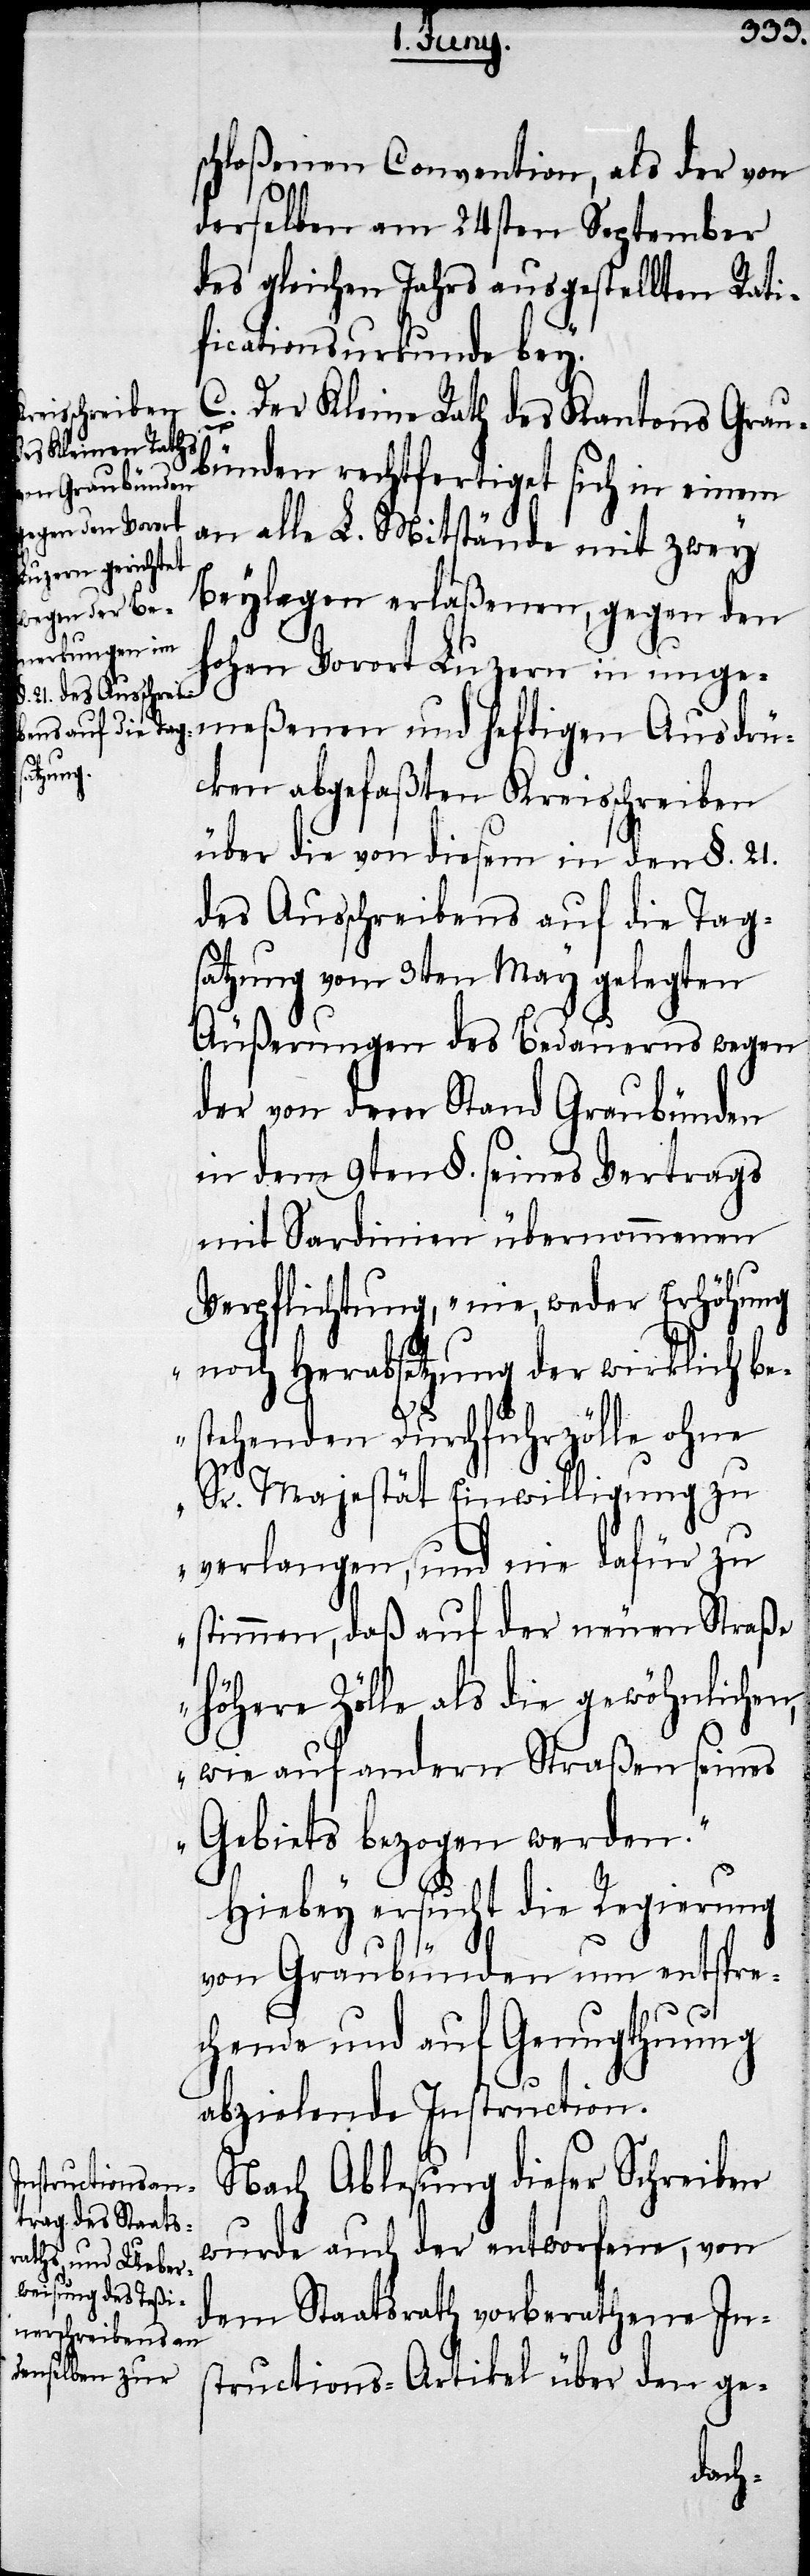
schloßenen Convention, als der von
derselben am 24sten September
des gleichen Jahrs ausgestellten Rati¬
ficatonsurkunde bey.
C. Der Kleine Rath des Kantons Grau¬
bünden rechtfertiget sich in einem
an alle L. Mitstände mit zwey
Beylagen erlaßenen, gegen den
hohen Vorort Luzern in unge¬
meßenen und heftigen Ausdrü¬
cken abgefaßten Kreisschreiben
über die von diesem in den §. 21.
des Ausschreibens auf die Tag¬
satzung vom 3ten May gelegten
Äußerungen des Bedauerns wegen
der von dem Stand Graubünden
in dem 9ten §. seines Vertrags
mit Sardinien übernommenen
Verpflichtung, „nie, weder Erhöhung
noch Herabsetzung der wirklich be¬
stehenden Durchfuhrzölle ohne
Sr. Majestät Einwilligung zu
verlangen, und nie dafür zu
stimmen, daß auf der neuen Straße
höhere Zölle als die gewöhnlichen,
wie auf andern Straßen seines
Gebiets bezogen werden.“
Hiebey ersucht die Regierung
von Graubünden um entspre¬
chende und auf Genugthuung
abzielende Instruction.
Nach Ablesung dieser Schreiben
wurde auch der entworfene, von
dem Staatsrath vorberathene Ins¬
tructions-Artikel über den ge-